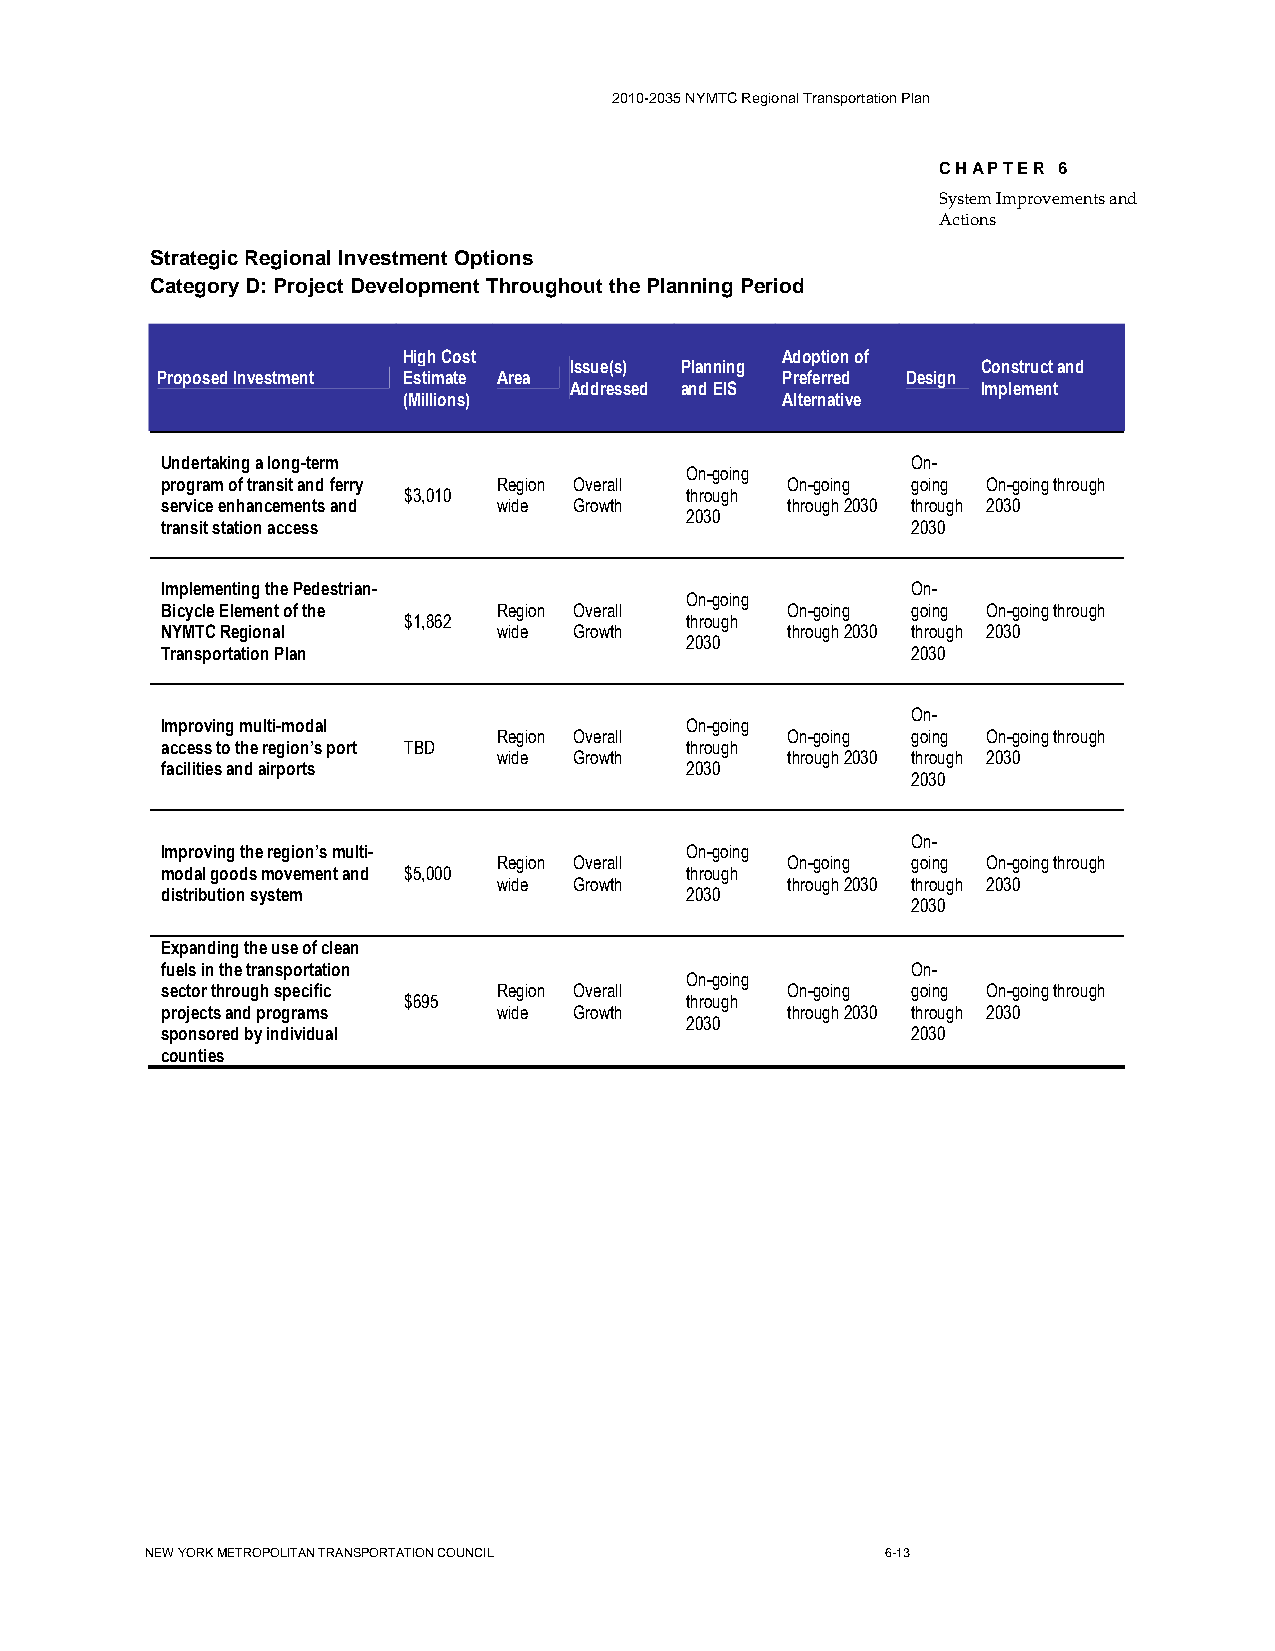
2010-2035 NYMTC Regional Transportation Plan
 CHAPTER 6
 System Improvements and
 Actions
 Strategic Regional Investment Options
 Category D: Project Development Throughout the Planning Period
 High Cost                Adoption of
 Issue(s) Planning          Construct and
 Proposed Investment Estimate Area         Preferred Design
 Addressed and EIS          Implement
 (Millions)               Alternative
 Undertaking a long-term                          On-
 On-going
 program of transit and ferry Region Overall On-going going On-going through
 $3,010            through
 service enhancements and wide Growth     through 2030 through 2030
 2030
 transit station access                           2030
 Implementing the Pedestrian-                     On-
 On-going
 Bicycle Element of the Region Overall    On-going going On-going through
 $1,862            through
 NYMTC Regional        wide Growth        through 2030 through 2030
 2030
 Transportation Plan                              2030
 On-
 Improving multi-modal             On-going
 Region Overall     On-going going On-going through
 access to the region’s port TBD   through
 wide Growth        through 2030 through 2030
 facilities and airports           2030
 2030
 On-
 Improving the region’s multi-     On-going
 Region Overall     On-going going On-going through
 modal goods movement and $5,000   through
 wide Growth        through 2030 through 2030
 distribution system               2030
 2030
 Expanding the use of clean
 fuels in the transportation                      On-
 On-going
 sector through specific Region Overall   On-going going On-going through
 $695              through
 projects and programs wide Growth        through 2030 through 2030
 2030
 sponsored by individual                          2030
 counties
 NEW YORK METROPOLITAN TRANSPORTATION COUNCIL     6-13